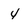
Character: 4